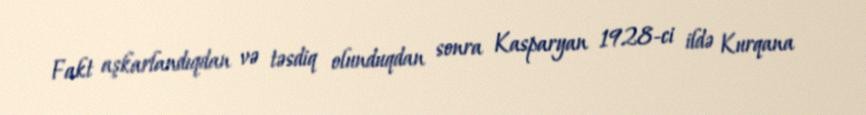
Fakt aşkarlandıqdan və təsdiq olunduqdan sonra Kasparyan 1928-ci ildə Kurqana